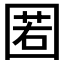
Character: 𡈉